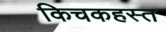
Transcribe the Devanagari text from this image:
किचकहस्त